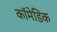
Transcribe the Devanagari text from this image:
कॉमेडिक